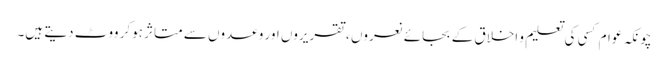
چونکہ عوام کسی کی تعلیم و اخلاق کے بجائے نعروں ، تقریروں اور وعدوں سے متاثر ہوکر ووٹ دیتے ہیں۔